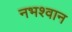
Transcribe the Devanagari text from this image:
नभश्वान